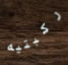
ركبتيه